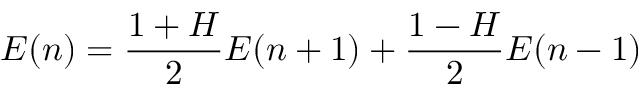
E ( n ) = \frac { 1 + H } { 2 } E ( n + 1 ) + \frac { 1 - H } { 2 } E ( n - 1 )